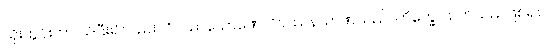
ထိုးထွင်းကာ သိပြီး၍လည်း။ ဝိပဿနာဉာဏေ၊ ဝိပဿနာဉာဏ်သည်။ တိက္ခေ၊ ထက်သည်ဖြစ်၍။